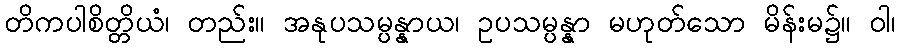
တိကပါစိတ္တိယံ၊ တည်း။ အနုပသမ္ပန္နာယ၊ ဥပသမ္ပန္နာ မဟုတ်သော မိန်းမ၌။ ဝါ၊